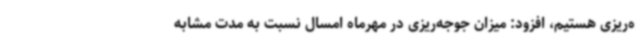
ه‌ریزی هستیم، افزود: میزان جوجه‌ریزی در مهرماه امسال نسبت به مدت مشابه